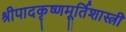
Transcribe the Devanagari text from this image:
श्रीपादकृष्णमूर्तिशास्त्री